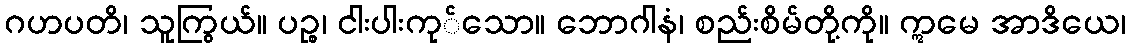
ဂဟပတိ၊ သူကြွယ်။ ပဉ္စ၊ ငါးပါးကု်သော။ ဘောဂါနံ၊ စည်းစိမ်တို့ကို။ ဣမေ အာဒိယေ၊